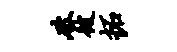
破彼拓